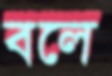
বলে